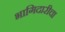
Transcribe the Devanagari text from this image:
भागिदारीचा